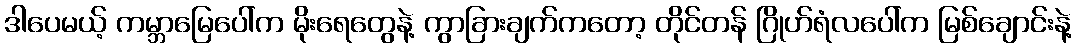
ဒါပေမယ့် ကမ္ဘာမြေပေါ်က မိုးရေတွေနဲ့ ကွာခြားချက်ကတော့ တိုင်တန် ဂြိုဟ်ရံလပေါ်က မြစ်ချောင်းနဲ့